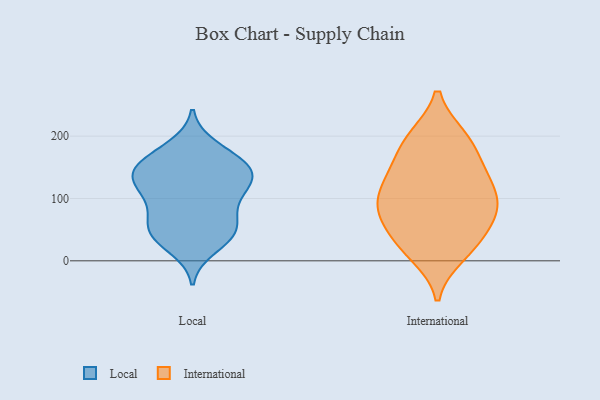
{"axis": {"x": "Budget (USD K)", "y": "Value"}, "legend": ["International", "Local"], "data": [{"x": "", "y": 88, "type": "Local"}, {"x": "", "y": 149, "type": "Local"}, {"x": "", "y": 170, "type": "Local"}, {"x": "", "y": 89, "type": "Local"}, {"x": "", "y": 139, "type": "Local"}, {"x": "", "y": 183, "type": "Local"}, {"x": "", "y": 124, "type": "Local"}, {"x": "", "y": 58, "type": "Local"}, {"x": "", "y": 101, "type": "Local"}, {"x": "", "y": 43, "type": "Local"}, {"x": "", "y": 137, "type": "Local"}, {"x": "", "y": 147, "type": "Local"}, {"x": "", "y": 124, "type": "Local"}, {"x": "", "y": 164, "type": "Local"}, {"x": "", "y": 132, "type": "Local"}, {"x": "", "y": 49, "type": "Local"}, {"x": "", "y": 21, "type": "Local"}, {"x": "", "y": 47, "type": "Local"}, {"x": "", "y": 41, "type": "Local"}, {"x": "", "y": 77, "type": "International"}, {"x": "", "y": 82, "type": "International"}, {"x": "", "y": 110, "type": "International"}, {"x": "", "y": 19, "type": "International"}, {"x": "", "y": 91, "type": "International"}, {"x": "", "y": 146, "type": "International"}, {"x": "", "y": 154, "type": "International"}, {"x": "", "y": 194, "type": "International"}, {"x": "", "y": 92, "type": "International"}, {"x": "", "y": 10, "type": "International"}, {"x": "", "y": 197, "type": "International"}, {"x": "", "y": 198, "type": "International"}, {"x": "", "y": 140, "type": "International"}, {"x": "", "y": 45, "type": "International"}, {"x": "", "y": 117, "type": "International"}, {"x": "", "y": 65, "type": "International"}, {"x": "", "y": 27, "type": "International"}]}